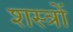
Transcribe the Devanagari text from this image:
शस्‍त्रों